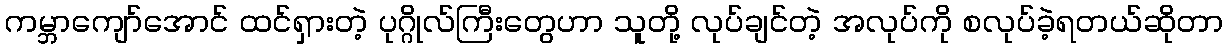
ကမ္ဘာကျော်အောင် ထင်ရှားတဲ့ ပုဂ္ဂိုလ်ကြီးတွေဟာ သူတို့ လုပ်ချင်တဲ့ အလုပ်ကို စလုပ်ခဲ့ရတယ်ဆိုတာ